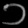
Digit: ၁